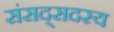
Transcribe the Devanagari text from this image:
संसद्सदस्य